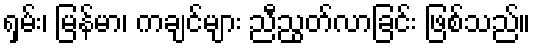
ရှမ်း၊ မြန်မာ၊ ကချင်များ ညီညွတ်လာခြင်း ဖြစ်သည်။